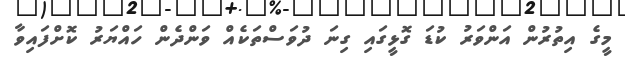
މީގެ އިތުރުން އަންވަރު ކުޑަ ގޮޅީގައި ގިނަ ދުވަސްތަކެއް ވަންދެން ހައްޔަރު ކޮށްފައިވާ